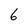
Character: 6